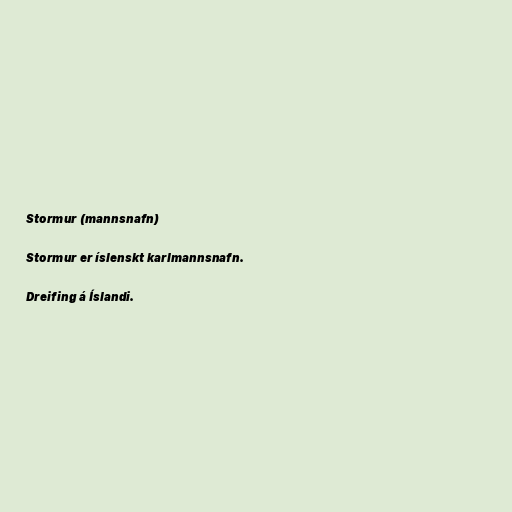
Stormur (mannsnafn)

Stormur er íslenskt karlmannsnafn.

Dreifing á Íslandi.